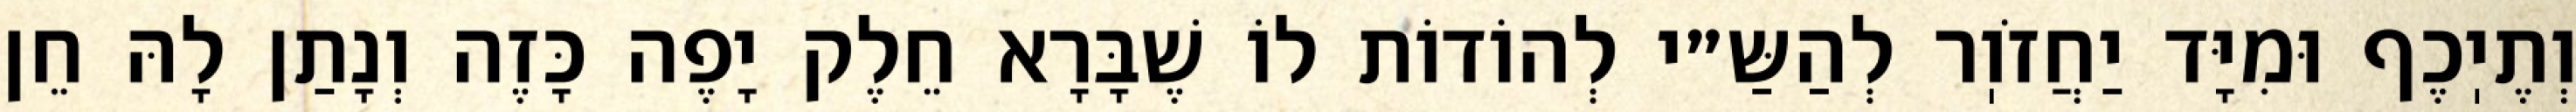
וְתֶיֽכֶף וּמִיָּד יַחֲזֹוֽר לְהַשַּ״י לְהוֹדוֹת לוֹ שֶׁבָּרָא חֵלֶק יָפֶה כָּזֶה וְנָתַן לָהּ חֵן